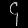
Digit: ၄